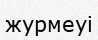
журмеуі